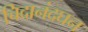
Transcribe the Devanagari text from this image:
चिदानंदघन